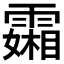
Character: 𬰍